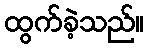
ထွက်ခဲ့သည်။